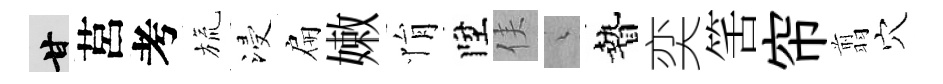
甘莒考旒浸扁嫩悁陞侯綿贄奕筈帘翦穴